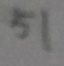
5 1